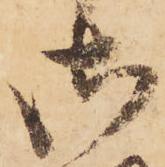
御